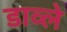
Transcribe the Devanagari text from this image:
डाव्ले